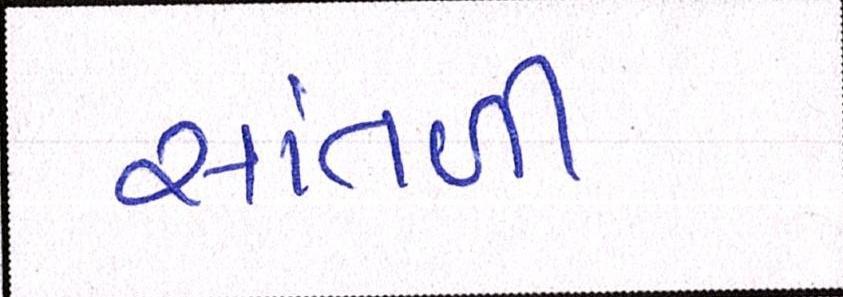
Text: સાંતળી